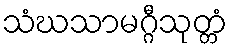
သံဃသာမဂ္ဂီသုတ္တံ